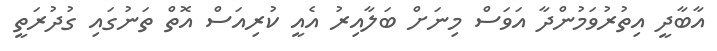
އާބާދީ އިތުރުވަމުންދާ އަވަސް މިނަށް ބަލާއިރު އެއީ ކުރިއަސް އޮތް ތަނުގައި ގުދުރަތީ